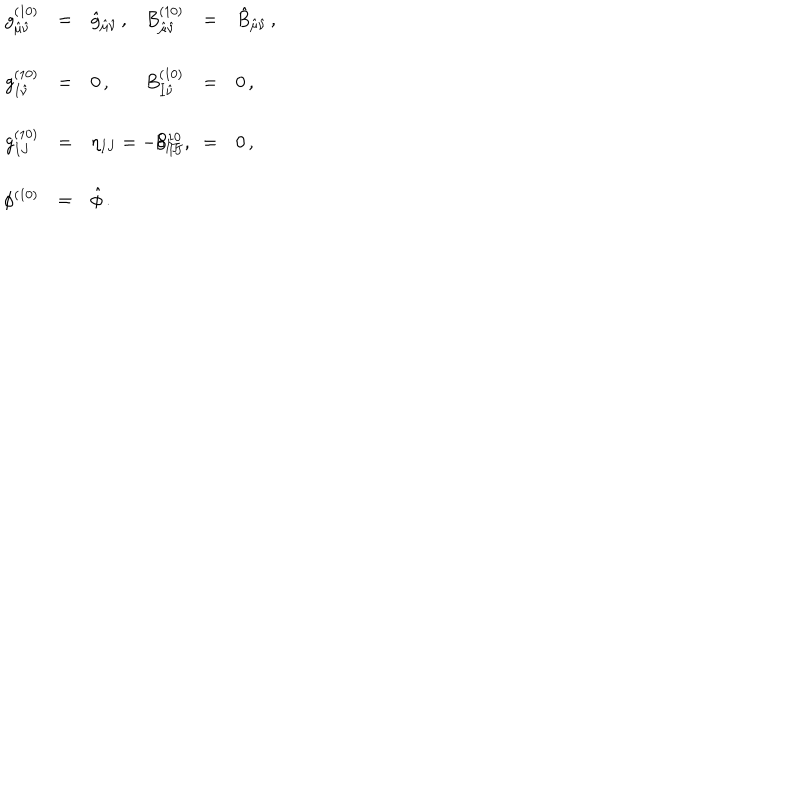
LaTeX: \begin{array} { r c l r c l } { { g _ { \hat { \mu } \hat { \nu } } ^ { ( 1 0 ) } } } & { { = } } & { { \hat { g } _ { \hat { \mu } \hat { \nu } } \, , } } & { { B _ { \hat { \mu } \hat { \nu } } ^ { ( 1 0 ) } } } & { { = } } & { { \hat { B } _ { \hat { \mu } \hat { \nu } } \, , } } \\ { { } } & { { } } & { { } } & { { } } & { { } } & { { } } \\ { { g _ { I \hat { \nu } } ^ { ( 1 0 ) } } } & { { = } } & { { 0 \, , } } & { { B _ { I \hat { \nu } } ^ { ( 1 0 ) } } } & { { = } } & { { 0 \, , } } \\ { { } } & { { } } & { { } } & { { } } & { { } } & { { } } \\ { { g _ { I J } ^ { ( 1 0 ) } } } & { { = } } & { { \eta _ { I J } = - \delta _ { I J } \, , \hspace { 1 . 5 c m } } } & { { B _ { I J } ^ { 1 0 } } } & { { = } } & { { 0 \, , } } \\ { { } } & { { } } & { { } } & { { } } & { { } } & { { } } \\ { { \phi ^ { ( 1 0 ) } } } & { { = } } & { { \hat { \phi } \, . } } & { { } } & { { } } & { { } } \\ \end{array}